Punjab Mental Hospital Lahore 1932-46 - 1932-1946
Year: 1932
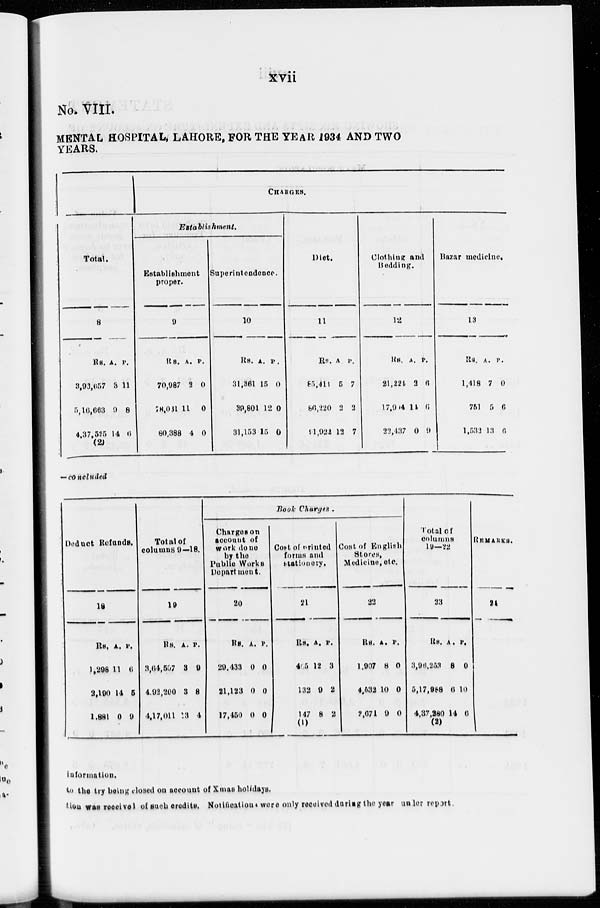
xvii
No. VIII.
MENTAL HOSPITAL, LAHORE, FOR THE YEAR 1934 AND TWO
YEARS.
CHARGES.
Total.
8
Rs.
3,93,657
5,16,683
4,37,525
(2)
A.
3
9
14
P.
11
8
6
Establishment.
Establishment
proper.
9
Rs.
70,987
78,031
80,388
A.
3
11
4
P.
0
0
0
Superintendence.
10
Rs.
31,361
39,801
31,153
A.
15
12
15
P.
0
0
0
Diet.
11
Rs.
85,411
86,220
91,922
A.
5
2
12
P.
7
2
7
Clothinig and
Bedding.
12
Rs.
21,224
17,904
22,437
A.
3
11
0
P.
6
6
9
Bazar medicine.
13
Rs.
1,418
751
1,532
A.
7
5
13
P.
0
6
6
— concluded
Deduct Refunds.
18
Rs.
1,208
2,190
1,881
A.
11
14
0
P.
6
5
9
Total
of
columns 9—18.
19
Rs.
3,64,507
4,92,200
4,17,011
A.
3
3
13
P.
9
8
4
Book Charges .
Charges on
account of
work done
by the
Public Works
Department.
20
Rs.
20,433
21,123
17,450
A.
0
0
0
P.
0
0
0
Cost of printed
forms and
stationery.
21
Rs.
405
132
147
(1)
A.
12
9
8
P.
3
2
2
Cost of English
Stores,
Medicine, etc.
22
Rs.
1.907
4,532
2,671
A.
8
10
9
P.
0
0
0
Total of
columns
10—22
23
Rs.
3,96, 253
5,17,988
4,37,280
(2)
A.
8
6
14
P.
0
10
6
REMARKS.
24
information.
the try being closed on account of Xmas holidays.
tion was received of such credits. Notfication were only received during the year under report.